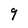
Character: 9